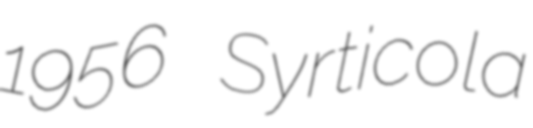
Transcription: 1956 Syrticola